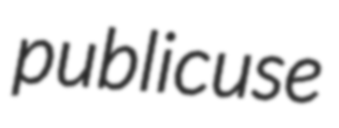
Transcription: public use